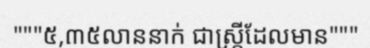
"""៥,៣៥លាននាក់ ជាស្ត្រីដែលមាន"""